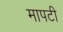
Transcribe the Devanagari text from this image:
मापटी